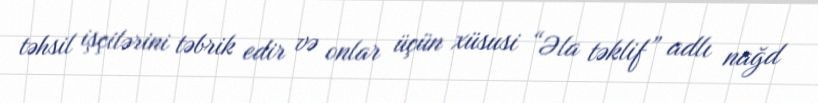
təhsil işçilərini təbrik edir və onlar üçün xüsusi “Əla təklif” adlı nağd